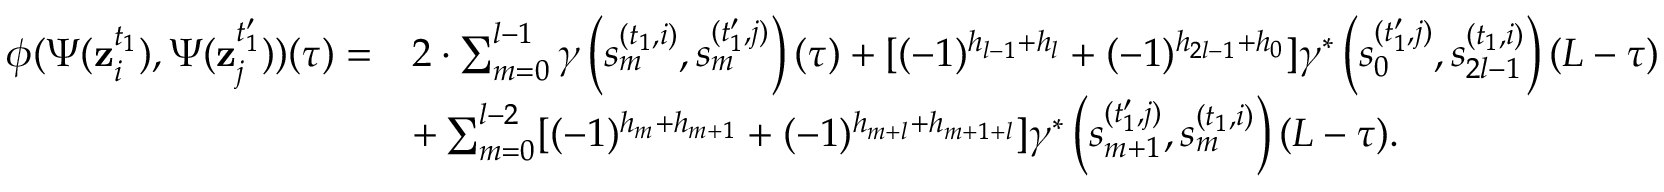
\begin{array} { r l } { \phi ( \Psi ( \mathbf { z } _ { i } ^ { t _ { 1 } } ) , \Psi ( \mathbf { z } _ { j } ^ { t _ { 1 } ^ { \prime } } ) ) ( \tau ) = } & { 2 \cdot \sum _ { m = 0 } ^ { l - 1 } \gamma \left( s _ { m } ^ { ( t _ { 1 } , i ) } , s _ { m } ^ { ( t _ { 1 } ^ { \prime } , j ) } \right) ( \tau ) + [ ( - 1 ) ^ { h _ { l - 1 } + h _ { l } } + ( - 1 ) ^ { h _ { 2 l - 1 } + h _ { 0 } } ] \gamma ^ { * } \left( s _ { 0 } ^ { ( t _ { 1 } ^ { \prime } , j ) } , s _ { 2 l - 1 } ^ { ( t _ { 1 } , i ) } \right) ( L - \tau ) } \\ & { + \sum _ { m = 0 } ^ { l - 2 } [ ( - 1 ) ^ { h _ { m } + h _ { m + 1 } } + ( - 1 ) ^ { h _ { m + l } + h _ { m + 1 + l } } ] \gamma ^ { * } \left( s _ { m + 1 } ^ { ( t _ { 1 } ^ { \prime } , j ) } , s _ { m } ^ { ( t _ { 1 } , i ) } \right) ( L - \tau ) . } \end{array}